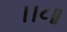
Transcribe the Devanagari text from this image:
।।८॥